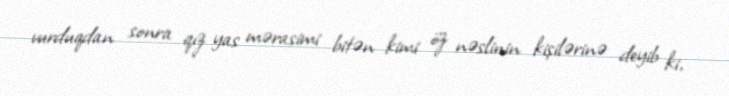
vurduqdan sonra qız yas mərasimi bitən kimi öz nəslinin kişilərinə deyib ki,